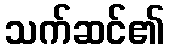
သက်ဆင်၏